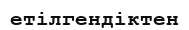
етілгендіктен